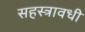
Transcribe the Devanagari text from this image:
सहस्त्रावधी